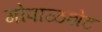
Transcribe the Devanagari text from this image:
गोपाळशेट